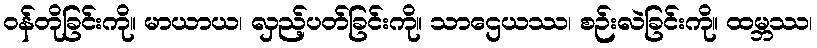
ဝန်တိုခြင်းကို။ မာယာယ၊ လှည့်ပတ်ခြင်းကို။ သာဌေယဿ၊ စဉ်းလဲခြင်းကို။ ထမ္ဘဿ၊